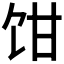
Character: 𩠁